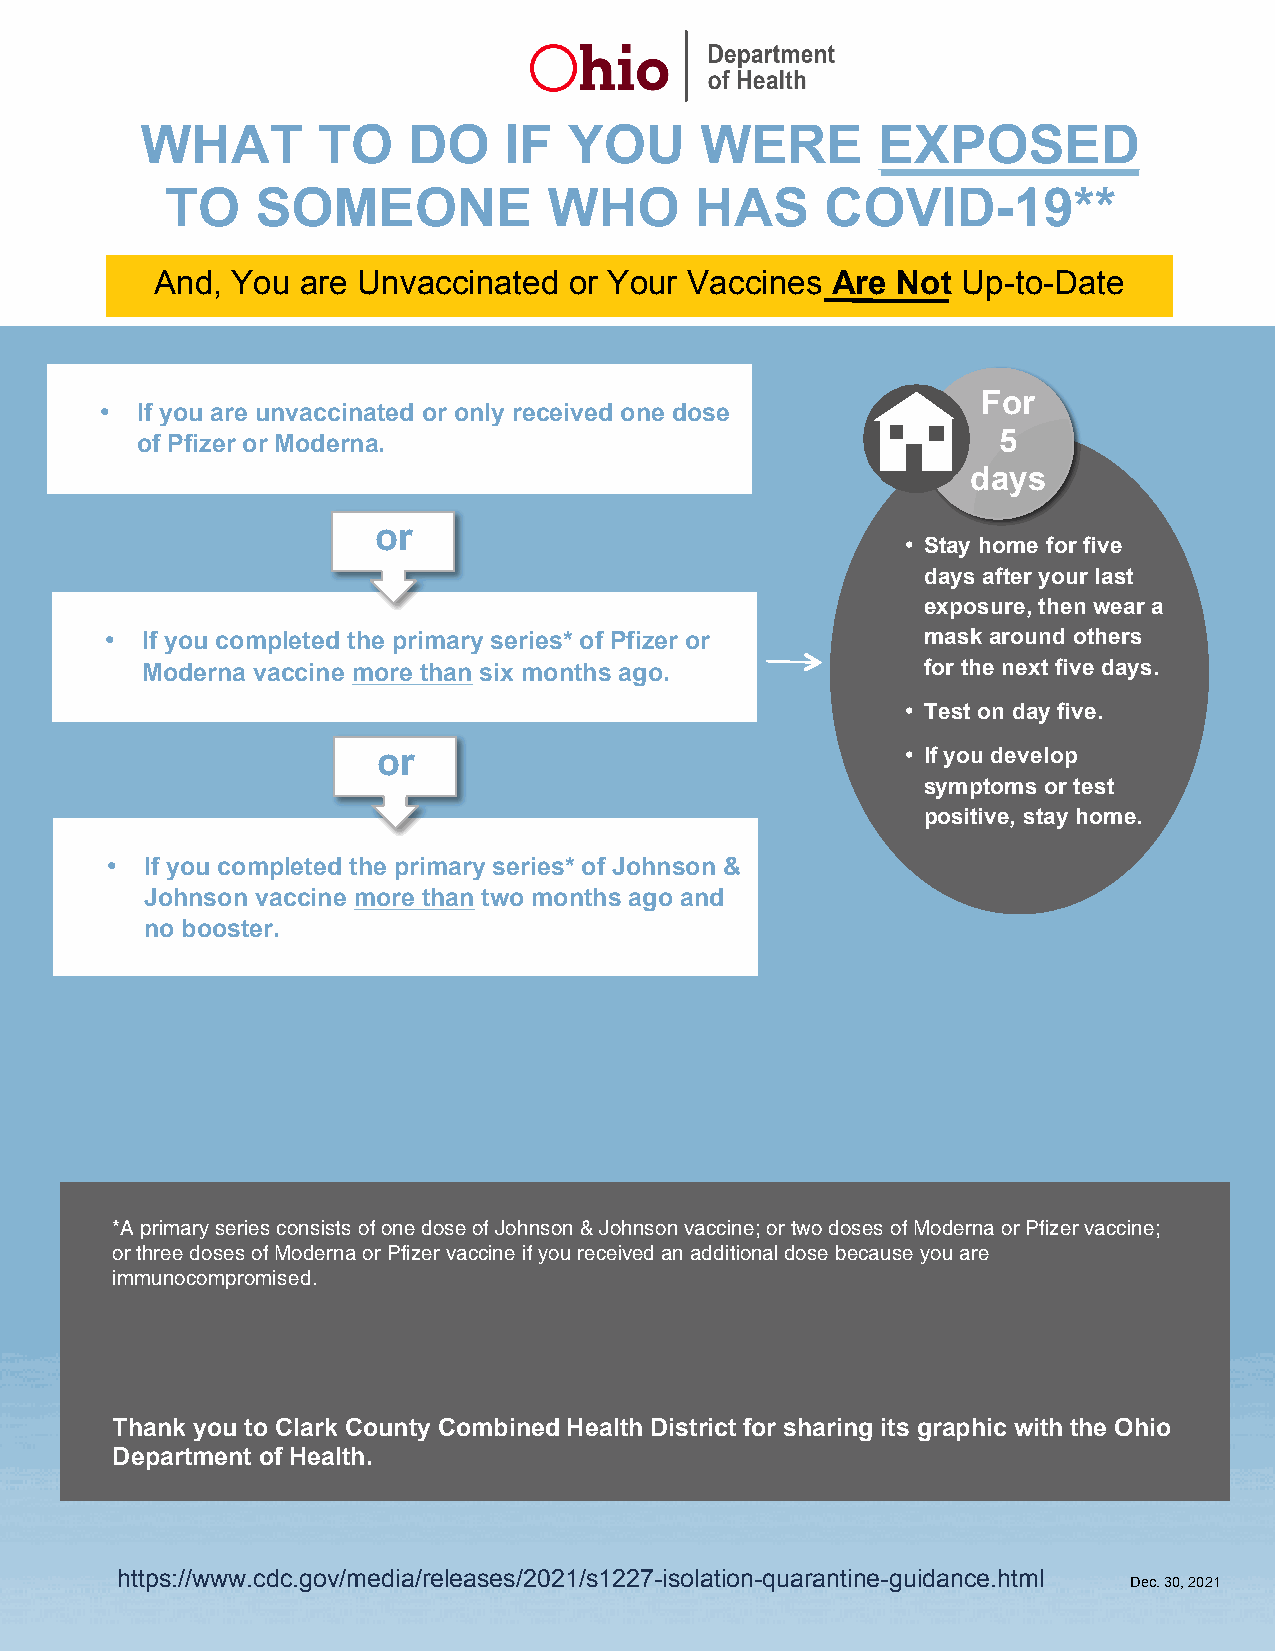
WHAT        TO    DO    IF   YOU     WERE        EXPOSED
 TO    SOMEONE            WHO       HAS      COVID-19**
 And, You  are Unvaccinated  or Your Vaccines Are Not  Up-to-Date
 For
 • If you are unvaccinated or only received one dose
 5
 of Pfizer or Moderna.
 days
 or
 • Stay home for five
 days after your last
 exposure, then wear a
 • If you completed the primary series* of Pfizer or   mask around others
 Moderna vaccine more than six months ago.           for the next five days.
 • Test on day five.
 or                                 • If you develop
 symptoms or test
 positive, stay home.
 •  If you completed the primary series* of Johnson &
 Johnson vaccine more than two months ago and
 no booster.
 *A primary series consists of one dose of Johnson & Johnson vaccine; or two doses of Moderna or Pfizer vaccine;
 or three doses of Moderna or Pfizer vaccine if you received an additional dose because you are
 immunocompromised.
 Thank you to Clark County Combined Health District for sharing its graphic with the Ohio
 Department of Health.
 https://www.cdc.gov/media/releases/2021/s1227-isolation-quarantine-guidance.html
 Dec. 30, 2021